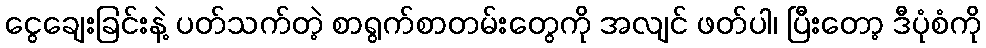
ငွေချေးခြင်းနဲ့ ပတ်သက်တဲ့ စာရွက်စာတမ်းတွေကို အလျင် ဖတ်ပါ၊ ပြီးတော့ ဒီပုံစံကို